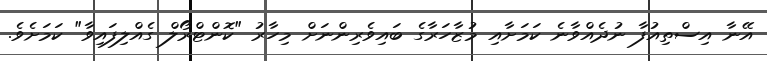
އޭނާ އިސްތިއުފާ ނުދެއްވާނެ ކަމަށާއި މުޒާހަރާގެ ބައިވެރިންނަށް މިހާރު "ކޮންޓްރޯލް ގެއްލިފައިވާ" ކަމަށެވެ.